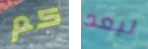
كم لبعد